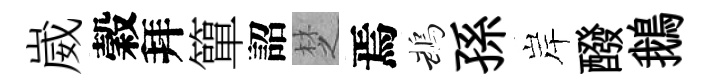
崴穀拜簞詔椘焉鵡孫岸醱鵝